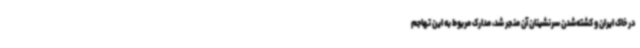
در خاک ایران و کشته‌شدن سرنشینان آن منجر شد، مدارک مربوط به این تهاجم